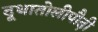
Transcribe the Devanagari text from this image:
दूधातोलीपौढ़ी